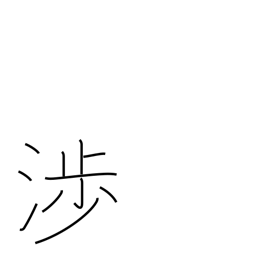
Meaning: go cross